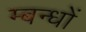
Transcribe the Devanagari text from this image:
म्बन्धों